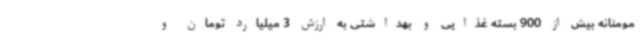
مومنانه بیش از 900 بسته غذایی و بهداشتی به ارزش 3 میلیارد تومان و